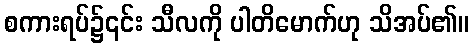
စကားရပ်၌၎င်း သီလကို ပါတိမောက်ဟု သိအပ်၏။